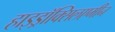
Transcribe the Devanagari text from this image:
हाइड्राॅक्सिलएमीन